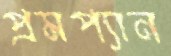
প্রমপ্যান